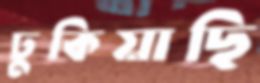
ঢুকিয়াছি